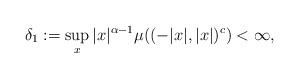
LaTeX: \begin{align*}\delta_1:=\sup_{x} |x|^{\alpha-1}\mu((-|x|,|x|)^c)<\infty,\end{align*}